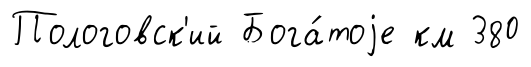
Пологовск'ий Бога́тоjе км 380